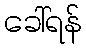
ခေါ်ရန်